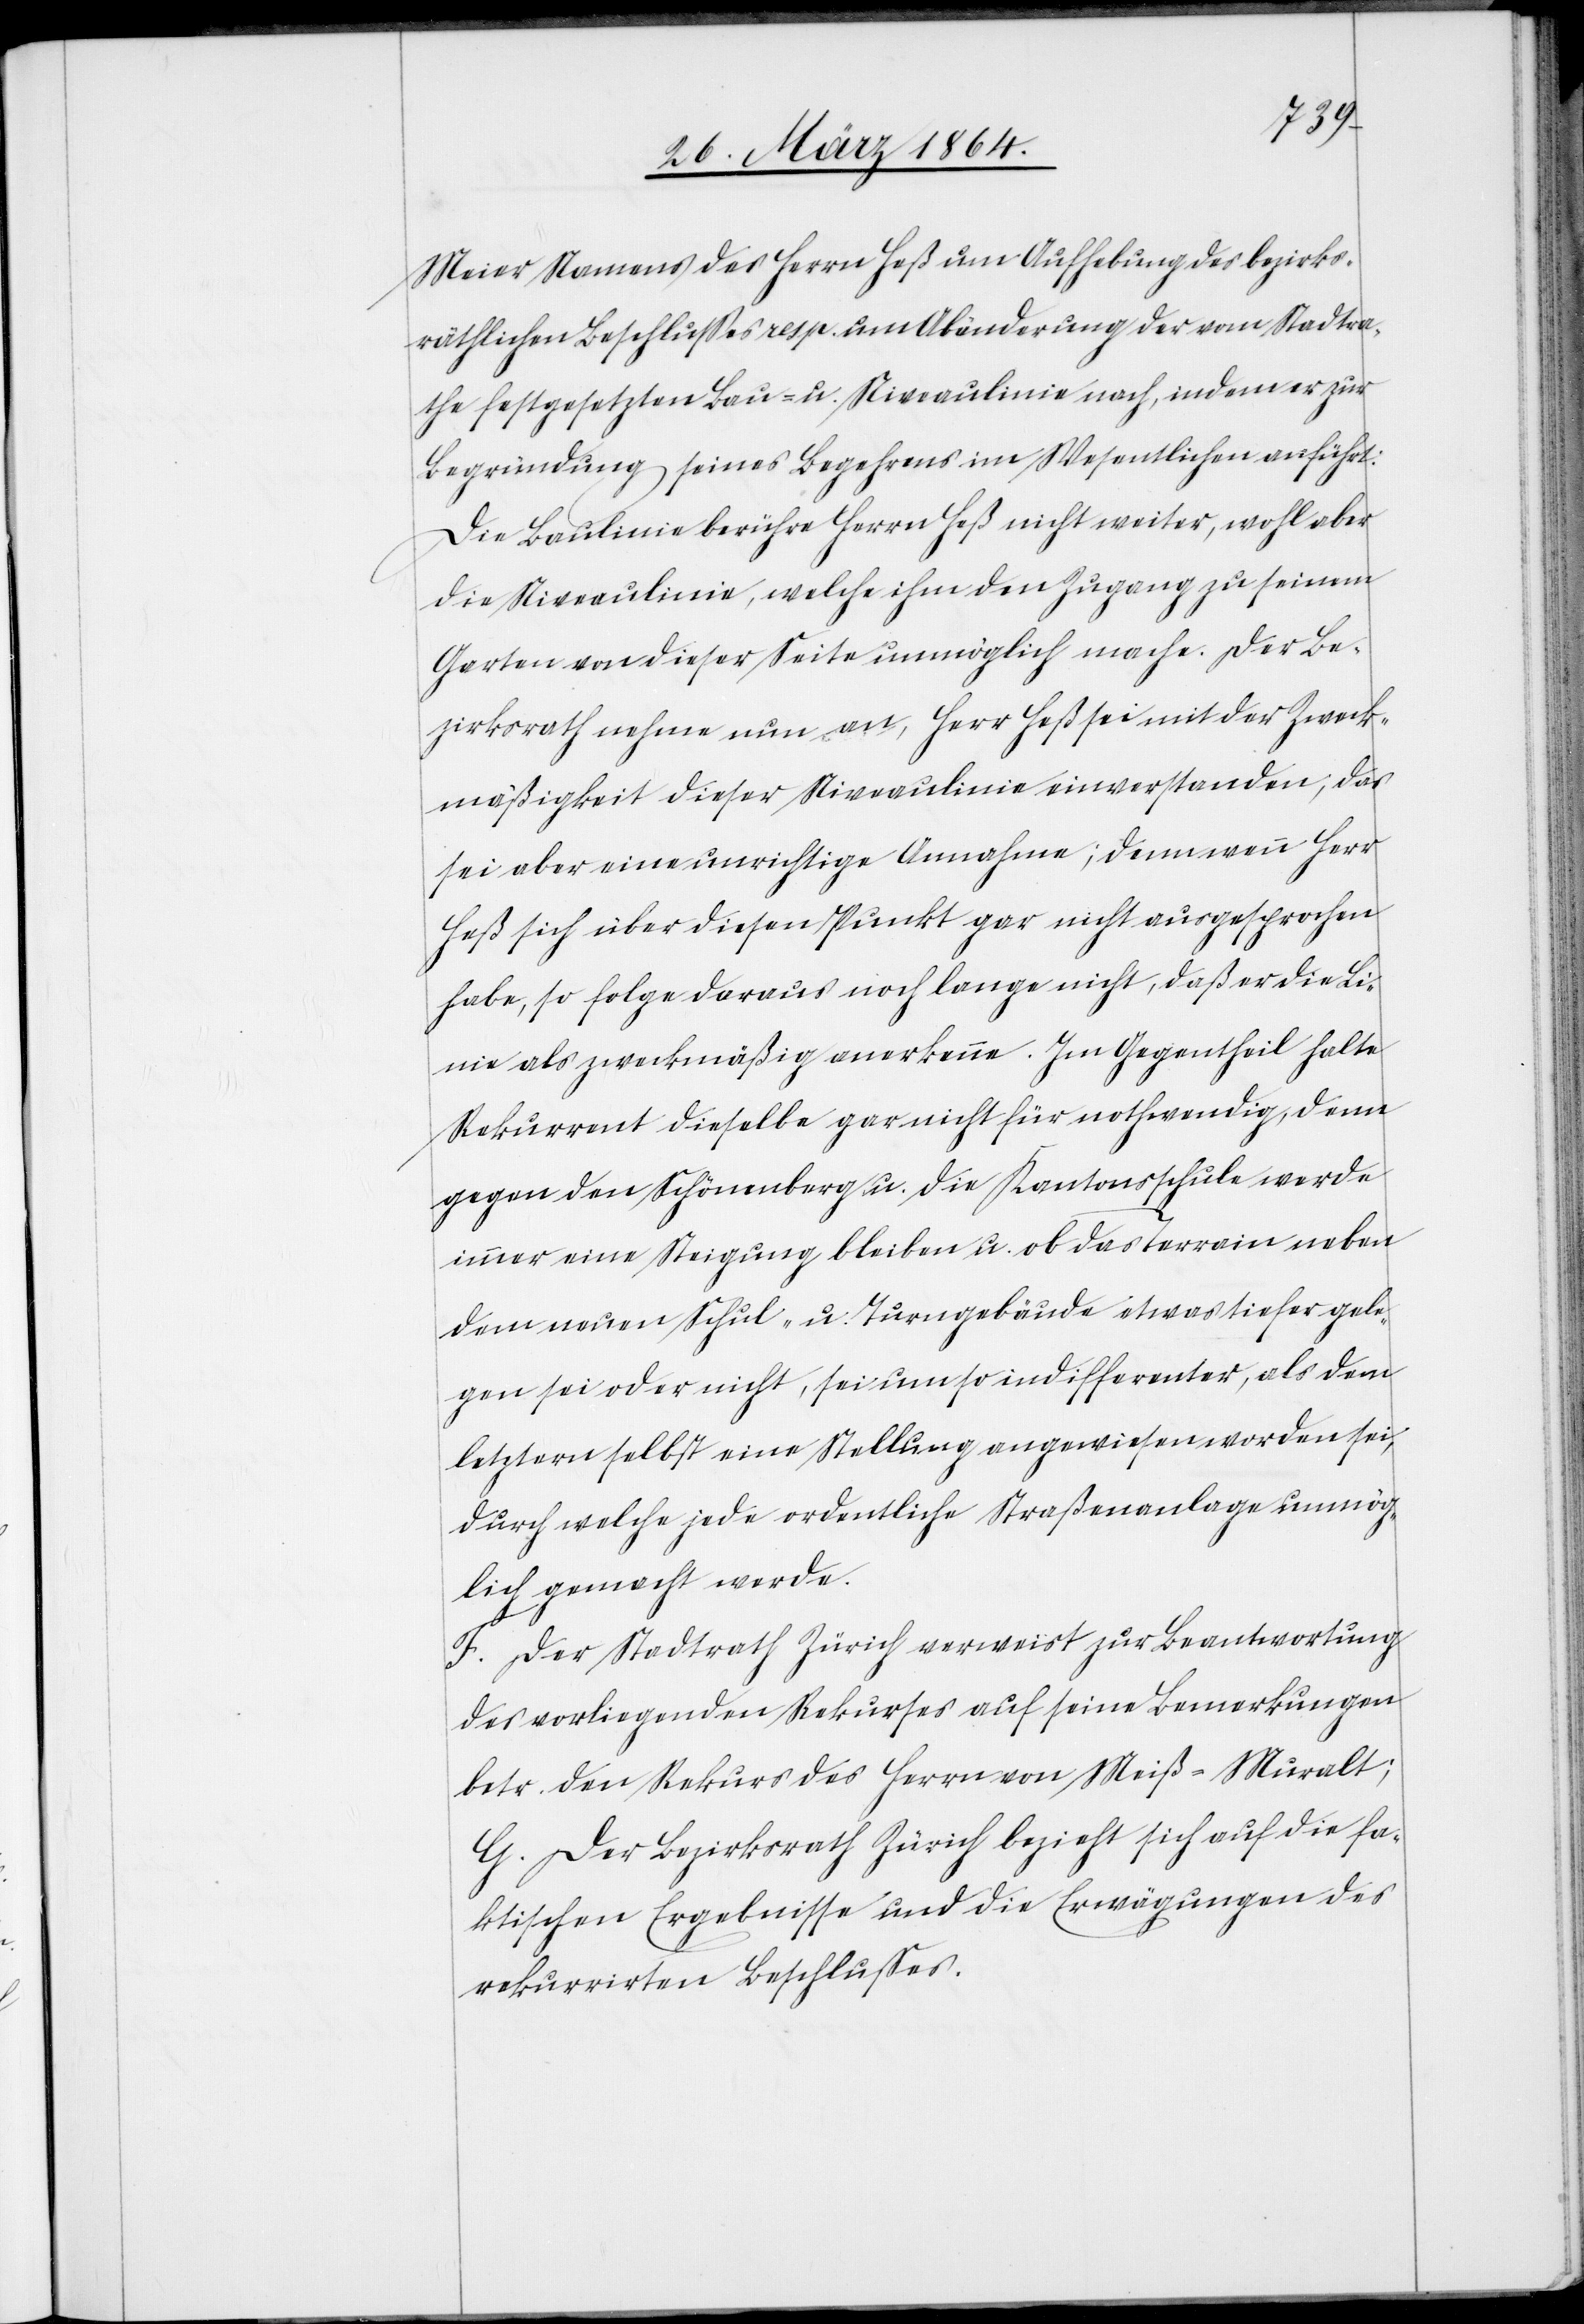
Meier Namens des Herrn Heß um Aufhebung des bezirks¬
räthlichen Beschlusses resp. um Abänderung der vom Stadtra¬
the festgesetzten Bau- u. Niveaulinie nach, indem er zur
Begründung seines Begehrens im Wesentlichen anführt:
Die Baulinie berühre Herrn Heß nicht weiter, wohl aber
die Niveaulinie, welche ihm den Zugang zu seinem
Garten von dieser Seite unmöglich mache. Der Be¬
zirksrath nehme nun an, Herr Heß sei mit der Zweck¬
mäßigkeit dieser Niveaulinie einverstanden, das
sei aber eine unrichtige Annahme; denn wenn Herr
Heß sich über diesen Punkt gar nicht ausgesprochen
habe, so folge daraus noch lange nicht, daß er die Li¬
nie als zweckmäßig anerkenne. Im Gegentheil halte
Rekurrent dieselbe gar nicht für nothwendig, denn
gegen den Schönenberg u. die Kantonsschule werde
immer eine Steigung bleiben u. ob das Terrain neben
dem neuen Schul- u. Turngebäude etwas tiefer gele¬
gen sei oder nicht, sei umso indifferenter, als dem
letztern selbst eine Stellung angewiesen worden sei,
durch welche jede ordentliche Straßenanlage unmög¬
lich gemacht werde.
F. Der Stadtrath Zürich verweist zur Beantwortung
des vorliegenden Rekurses auf seine Bemerkungen
betr. den Rekurs des Herrn von Meiß-Muralt;
G. Der Bezirksrath Zürich bezieht sich auf die fa¬
ktischen Ergebnisse und die Erwägungen des
rekurrirten Beschlusses.